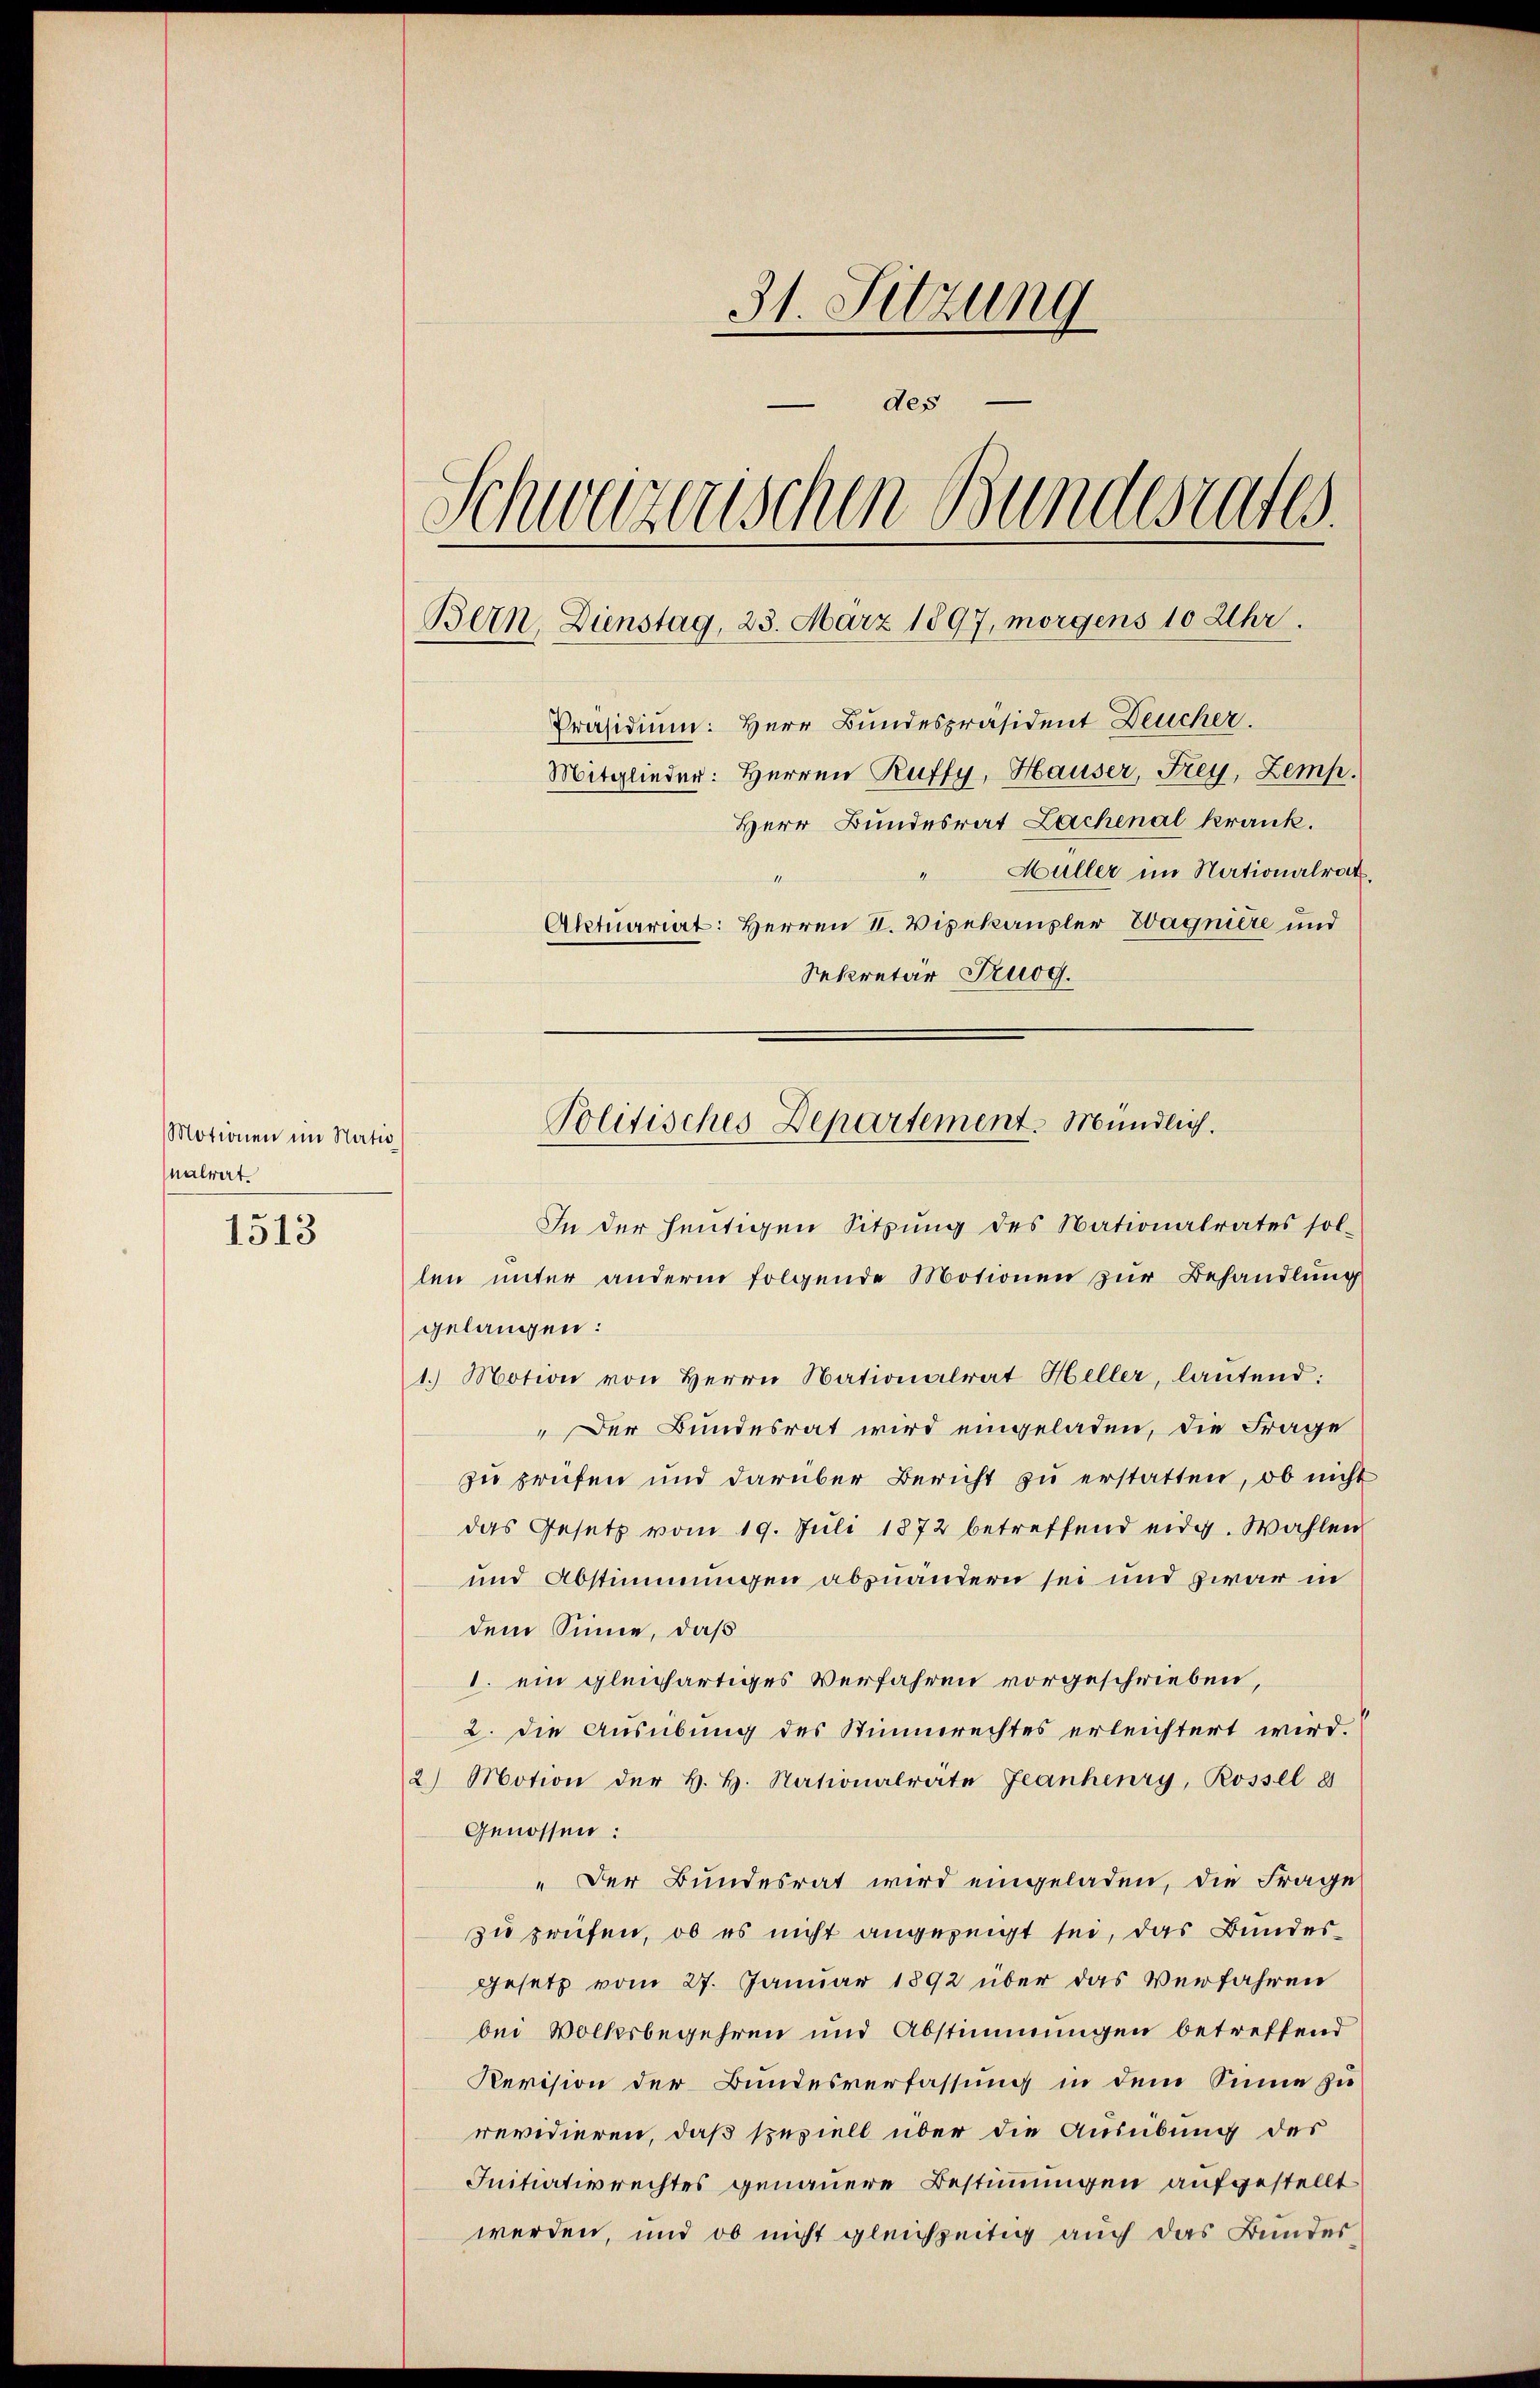
Motionen im Natio
nalwert.

1513

31. Sitzung
des
Schweizerischen Bundesrates.
Bern, Dienstag, 23. März 1897, morgens 10 Uhr.
Präsidium: Herr Bundespräsident Deucher.
Mitglieder: Herren Ruffy, Hauser, Frey, Zemp.
Herr Bundesrat Lachenal krank.
" Müller im Nationalrat.
it kenner
Aktuariat: Herren II. Vizekanzler Wagniere und
Sekretär Truog.

Politisches Departement. Mündlich.

In der heutigen Sitzung des Nationalrates sol-
len unter anderm folgende Motionen zur Behandlung
gelangen:
1.) Motion von Herrn Nationalrat Heller, lautend:
"Der Bundesrat wird eingeladen, die Frage
zu prüfen und darüber Bericht zŭ erstatten, ob nicht
das Gesetz vom 19. Juli 1872 betreffend eidg. Wahlen
und Abstimmungen abzuändern sei und zwar in
dem Sinne, daß
1. ein gleichartiges Verfahren vorgeschrieben,
2. die Ausübung des Stimmrechtes erleichtert wird.
2) Motion der H. H. Nationalrate Jeanheury, Rossel 8
Genossen:
" Der Bundesrat wird eingeladen, die Frage
zu prüfen, ob es nicht angezeigt sei, das Bundes¬
Gesetz vom 27. Januar 1892 über das Verfahren
bei Volksbegehren und Abstimmungen betreffend
Revision der Bundesverfassung in dem Sinne zu
revidieren, daß speziell über die Ausübung des
Initiativrechtes genauere Bestimmungen aufgestellt
werden, und ob nicht gleichzeitig auch das Bundes¬